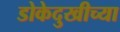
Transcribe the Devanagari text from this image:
डोकेदुखीच्या